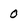
Character: 0